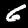
Label: 6